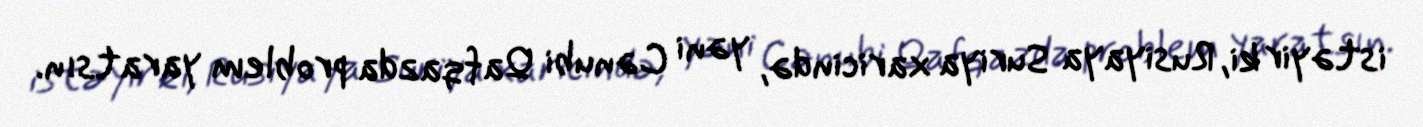
istəyir ki, Rusiyaya Suriya xaricində, yəni Cənubi Qafqazda problem yaratsın.